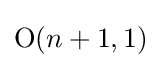
\mathrm {O} (n+1,1)